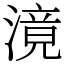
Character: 滰